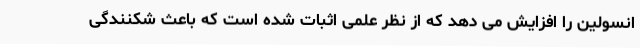
انسولین را افزایش می دهد که از نظر علمی اثبات شده است که باعث شکنندگی